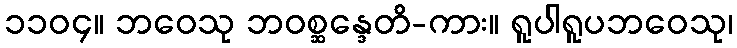
၁၁၀၄။ ဘဝေသု ဘဝစ္ဆန္ဒေတိ-ကား။ ရူပါရူပဘဝေသု၊